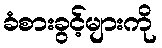
ခံစားခွင့်များကို